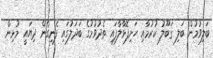
ބަލިވުމުން ބަލި ޤަބޫލު ކުރުމާއި ހަށިފޮޅާލާފައި ތެދުވުމުގެ ބަދަލުގައި ފެނިގެން ދިޔައީ މުޅިން